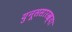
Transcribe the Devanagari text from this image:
युनूससारख्या